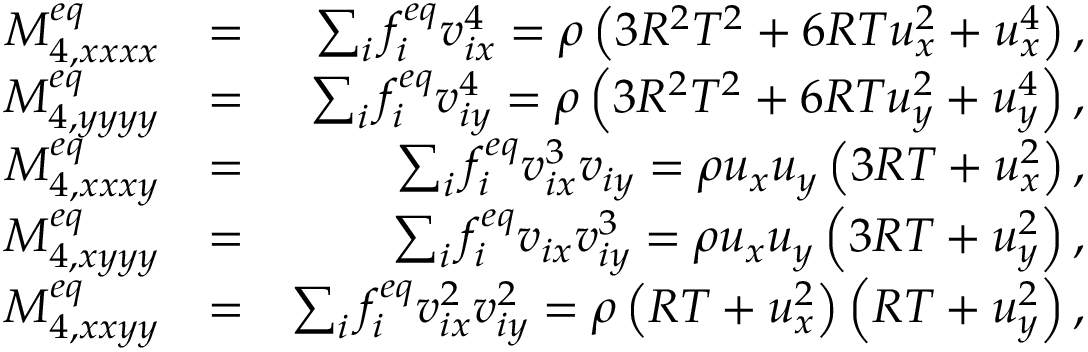
\begin{array} { r l r } { M _ { 4 , x x x x } ^ { e q } } & { = } & { \sum _ { i } { f _ { i } ^ { e q } v _ { i x } ^ { 4 } } = \rho \left( 3 R ^ { 2 } T ^ { 2 } + 6 R T u _ { x } ^ { 2 } + u _ { x } ^ { 4 } \right) , } \\ { M _ { 4 , y y y y } ^ { e q } } & { = } & { \sum _ { i } { f _ { i } ^ { e q } v _ { i y } ^ { 4 } } = \rho \left( 3 R ^ { 2 } T ^ { 2 } + 6 R T u _ { y } ^ { 2 } + u _ { y } ^ { 4 } \right) , } \\ { M _ { 4 , x x x y } ^ { e q } } & { = } & { \sum _ { i } { f _ { i } ^ { e q } v _ { i x } ^ { 3 } v _ { i y } } = \rho u _ { x } u _ { y } \left( 3 R T + u _ { x } ^ { 2 } \right) , } \\ { M _ { 4 , x y y y } ^ { e q } } & { = } & { \sum _ { i } { f _ { i } ^ { e q } v _ { i x } v _ { i y } ^ { 3 } } = \rho u _ { x } u _ { y } \left( 3 R T + u _ { y } ^ { 2 } \right) , } \\ { M _ { 4 , x x y y } ^ { e q } } & { = } & { \sum _ { i } { f _ { i } ^ { e q } v _ { i x } ^ { 2 } v _ { i y } ^ { 2 } } = \rho \left( R T + u _ { x } ^ { 2 } \right) \left( R T + u _ { y } ^ { 2 } \right) , } \end{array}